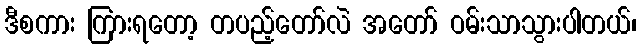
ဒီစကား ကြားရတော့ တပည့်တော်လဲ အတော် ဝမ်းသာသွားပါတယ်၊